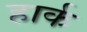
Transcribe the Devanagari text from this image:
हार्क